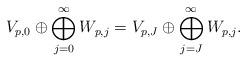
LaTeX: \begin{align*} V_{p,0} \oplus \bigoplus_{j = 0}^{\infty} W_{p,j} = V_{p,J} \oplus \bigoplus_{j = J}^{\infty} W_{p,j} . \end{align*}